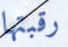
رقبتها